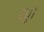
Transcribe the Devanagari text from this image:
वधु।